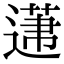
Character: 𨕤